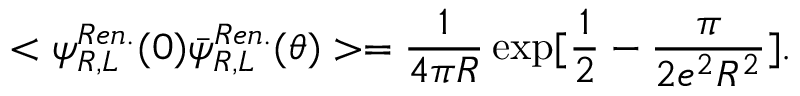
< \psi _ { R , L } ^ { R e n . } ( 0 ) \bar { \psi } _ { R , L } ^ { R e n . } ( \theta ) > = { \frac { 1 } { 4 \pi R } } \exp [ { \frac { 1 } { 2 } } - { \frac { \pi } { 2 e ^ { 2 } R ^ { 2 } } } ] .